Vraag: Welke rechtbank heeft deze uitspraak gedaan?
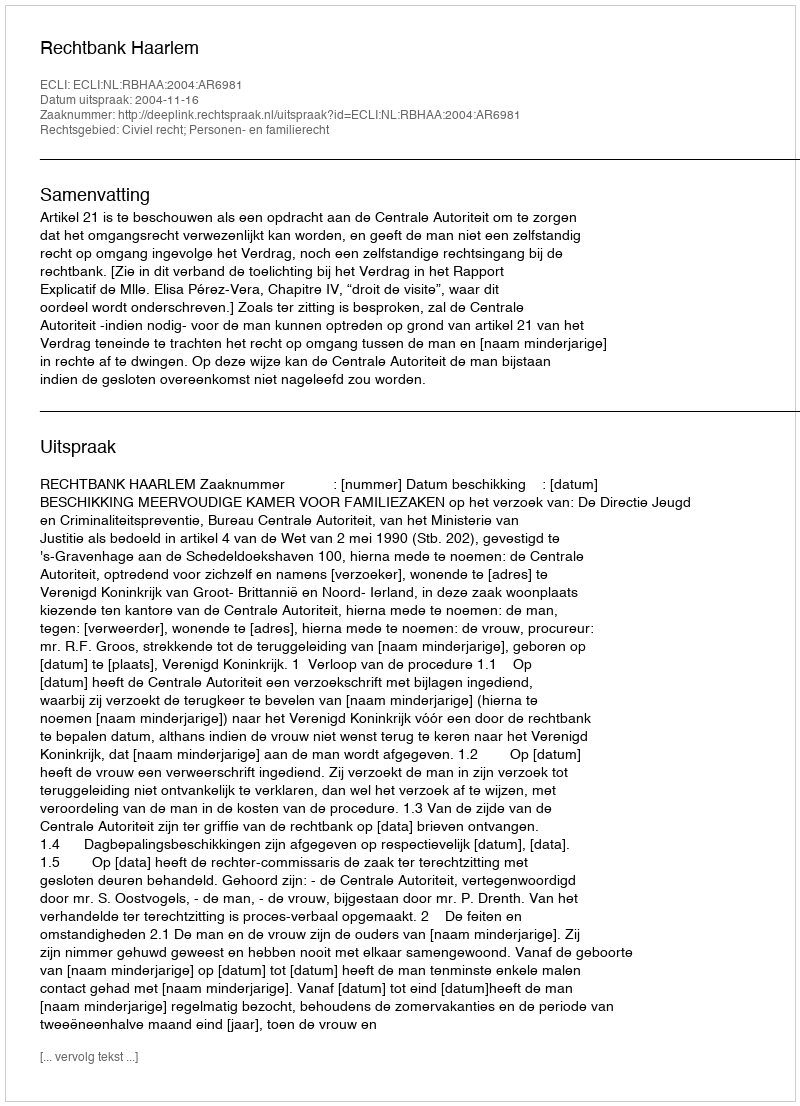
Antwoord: Rechtbank Haarlem